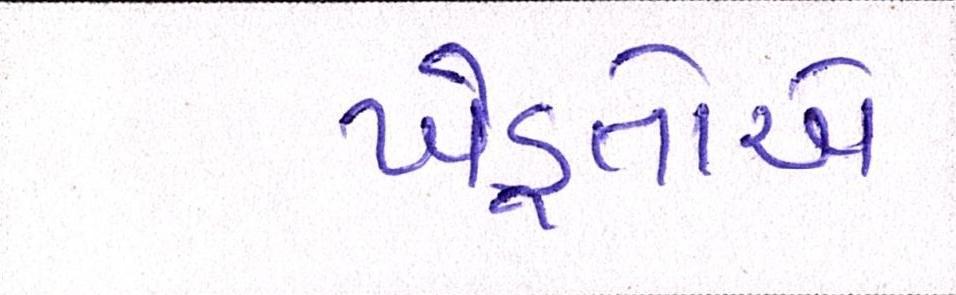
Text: ખેડૂતોએ